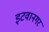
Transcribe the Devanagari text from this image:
इटवानगर